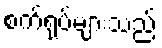
စက်ရုပ်များသည်